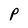
Character: P